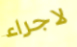
لاجراء